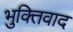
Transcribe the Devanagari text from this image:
भुक्तिवाद